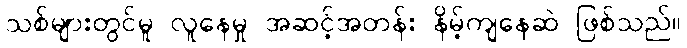
သစ်များတွင်မူ လူနေမှု အဆင့်အတန်း နိမ့်ကျနေဆဲ ဖြစ်သည်။